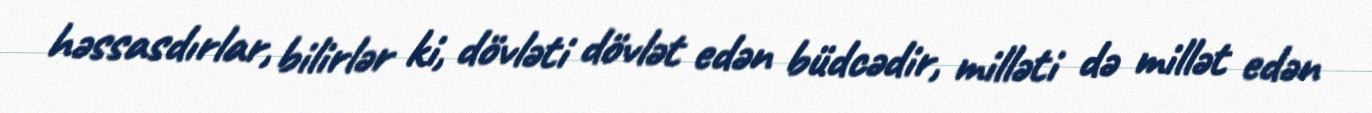
həssasdırlar, bilirlər ki, dövləti dövlət edən büdcədir, milləti də millət edən